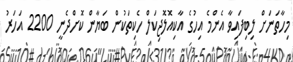
މިހާތަނަށް ލިބިފައިވާ އެންމެ އިހުގެ އާކިއޮލޮޖިކަލް ހެކިތަކުން ބަޔާން ކޮށްދެނީ 2200 އަހަރު